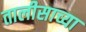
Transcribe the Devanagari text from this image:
तालीसाच्या